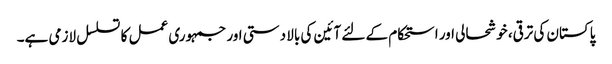
پاکستان کی ترقی، خوشحالی اور استحکام کے لئے آئین کی بالا دستی اور جمہوری عمل کا تسلسل لازمی ہے۔